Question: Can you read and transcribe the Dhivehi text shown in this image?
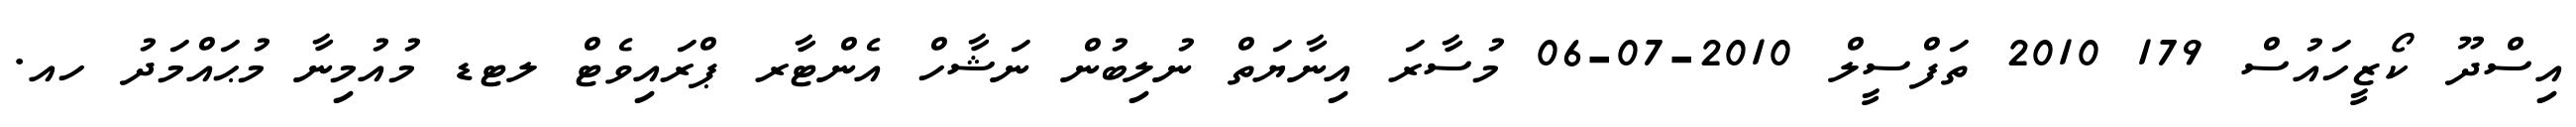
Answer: އިސްދޫ ކޯޒީހައުސް 179 2010 ތަފްސީލް 2010-07-06 މުސާރަ އިނާޔަތް ނުލިބުން ނަޝާހް އެންޓާރ ޕްރައިވެޓް ލޓޑ މުއުމިނާ މުޙައްމަދު ހއ.